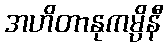
အဟိတာနုကမ္ပိနီ